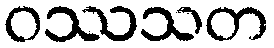
ဝဿသတ